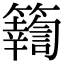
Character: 𥷚